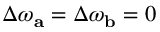
\Delta \omega _ { \mathbf { a } } = \Delta \omega _ { \mathbf { b } } = 0